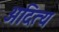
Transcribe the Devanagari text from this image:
अदित्य